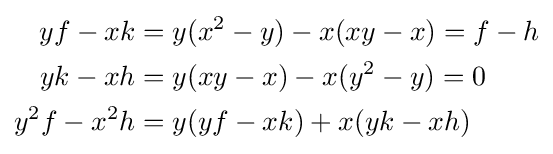
{\begin{aligned}yf-xk&=y(x^{2}-y)-x(xy-x)=f-h\\yk-xh&=y(xy-x)-x(y^{2}-y)=0\\y^{2}f-x^{2}h&=y(yf-xk)+x(yk-xh)\end{aligned}}